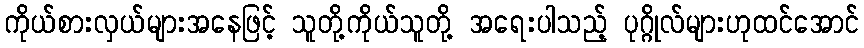
ကိုယ်စားလှယ်များအနေဖြင့် သူတို့ကိုယ်သူတို့ အရေးပါသည့် ပုဂ္ဂိုလ်များဟုထင်အောင်